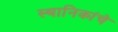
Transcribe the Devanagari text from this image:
स्थानिकांचे